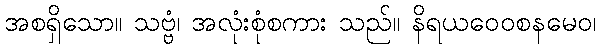
အစရှိသော။ သဗ္ဗံ၊ အလုံးစုံစကား သည်။ နိရယဝေဝစနမေဝ၊